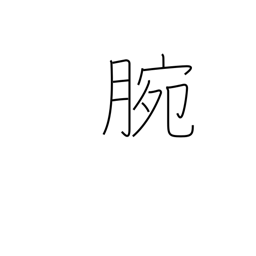
Meaning: ability